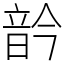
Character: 䪩